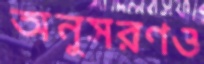
অনুসরণও